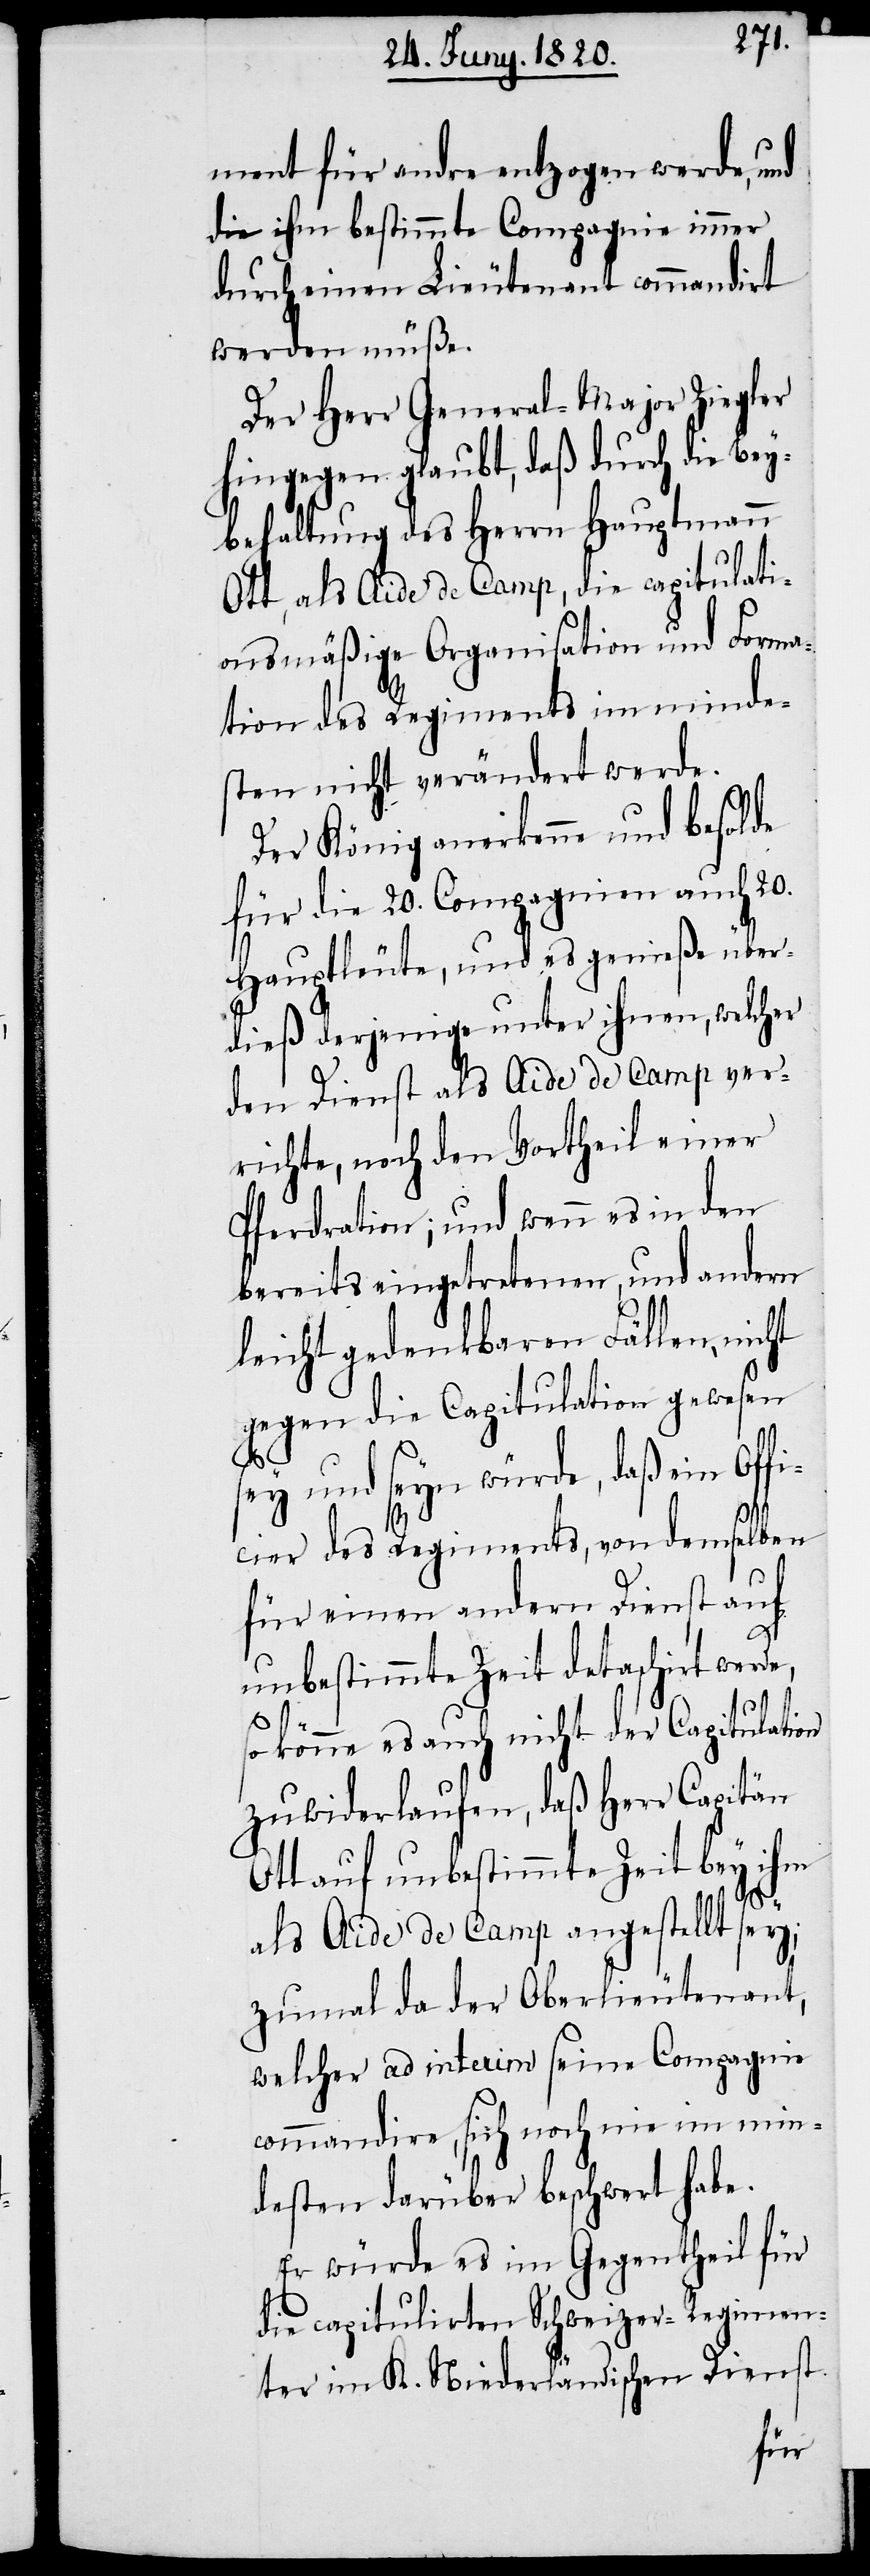
ment für andre entzogen werde, und
die ihm bestimmte Compagnie immer
durch einen Lieutenant commandirt
werden müße.
Der Herr General-Major Ziegler
hingegen glaubt, daß durch die Be¬
ybehaltung des Herrn Hauptmann
Ott, als Aide de camp, die capitulati¬
onsmäßige Organisation und Forma¬
tion des Regiments im minde¬
sten nicht verändert werde.
Der König anerkenne und besolde
für die 20. Compagnien auch 20.
Hauptleute, und es genieße über¬
dieß derjenige unter ihnen, welcher
den Dienst als Aide de camp ver¬
richte, noch den Vortheil einer
Pferdration; und wenn es in den
bereits eingetretenen, und andern
leicht gedenkbaren Fällen, nicht
gegen die Capitulation gewesen
sey und seyn würde, daß ein Offi¬
cier des Regiments, von demselben
für einen andern dienst auf
unbestimmte Zeit detaschiert werde,
so könne es auch nicht der Capitulation
zuwiderlaufen, daß Herr Capitän
Ott auf unbestimmte Zeit bey ihm
als Aide de camp angestellt sey;
zumal da der Oberlieutenant,
welcher ad interim seine Compagnie
commandire, sich noch nie im min¬
desten darüber beschwert habe.
Er würde es im Gegentheil für
die capitulirten Schweizer-Regimen¬
ter im K. Niderländischen Dienst.